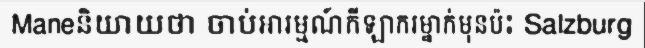
Maneនិយាយថា ចាប់អារម្មណ៍កីឡាករម្នាក់មុនប៉ះ Salzburg